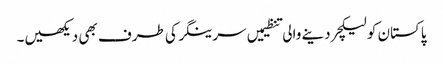
پاکستان کو لیکچر دینے والی تنظیمیں سرینگر کی طرف بھی دیکھیں۔